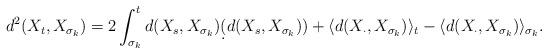
LaTeX: \begin{align*}d^2(X_t,X_{\sigma_k})=2\int_{\sigma_k}^td(X_s,X_{\sigma_k})\d (d(X_s,X_{\sigma_k}))+\langle d(X_{\cdot},X_{\sigma_k})\rangle _t-\langle d(X_{\cdot},X_{\sigma_k})\rangle _{\sigma_k}.\end{align*}